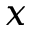
x